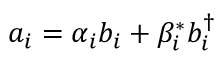
a _ { i } = \alpha _ { i } b _ { i } + \beta _ { i } ^ { * } b _ { i } ^ { \dagger }